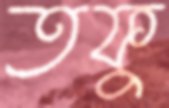
তফু